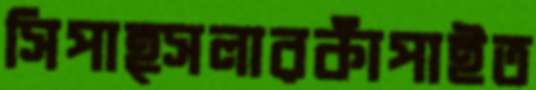
সিপাহ্‌সলারকাঁপাইত